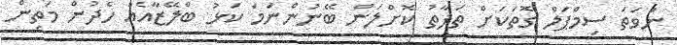
ނުވަތަ ސިމްޕަލް ގޮތަކަށް ތަފާތު ކޮށްލަން ބޭނުންނަމަ ކަޅު ބްލޭޒާއެއް ހެދުން މަތިން